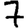
Digit: 7